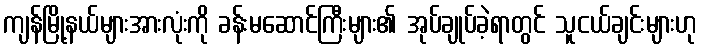
ကျန်မြို့နယ်များအားလုံးကို ခန်းမဆောင်ကြီးများ၏ အုပ်ချုပ်ခဲ့ရာတွင် သူငယ်ချင်းများဟု